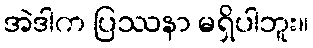
အဲဒါက ပြဿနာ မရှိပါဘူး။